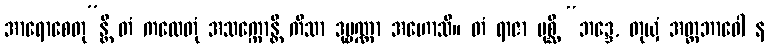
အာရောစေတု”န္တိ တံ ကထေတုံ အသက္ကောန္တီ ကိသာ ဒုဗ္ဗဏ္ဏာ အဟောသိ။ တံ ရာဇာ ပုစ္ဆိ “ဘဒ္ဒေ, တုယှံ အတ္တဘာဝေါ န